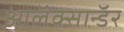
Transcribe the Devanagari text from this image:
आलॅक्सान्डॅर